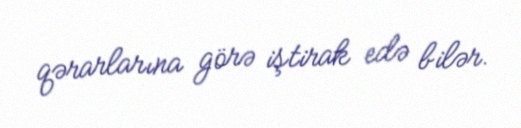
qərarlarına görə iştirak edə bilər.